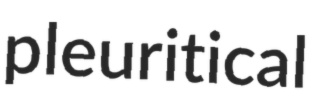
pleuritical